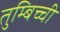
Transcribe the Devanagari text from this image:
तुम्बिच्ची